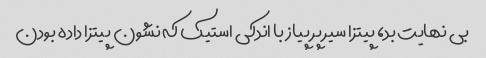
بی نهایت بد، پیتزا سیر پر پیاز با اندکی استیک که نشون پیتزا داده بودن